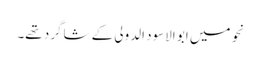
نحو میں ابو الاسود الدولی کے شاگرد تھے۔